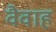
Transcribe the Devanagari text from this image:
वैवाह